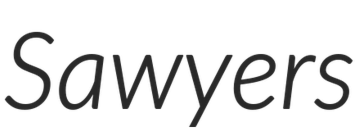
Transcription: Sawyers